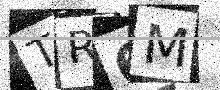
Text: TR6M